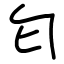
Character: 匂